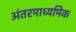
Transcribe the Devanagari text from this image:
अंतरमाध्यमिक